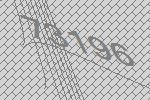
73196